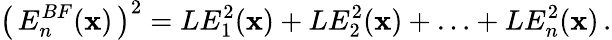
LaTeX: \bigl(\, E_{n}^{BF}({\mathbf x})\, \bigr)^{2}=LE_{1}^{2}({\mathbf x})+LE_{2}^{2}({\mathbf x})+\ldots+LE_{n}^{2}({\mathbf x})\, .